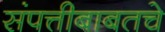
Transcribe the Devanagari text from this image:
संपत्तीबाबतचे